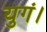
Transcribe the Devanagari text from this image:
युगं।